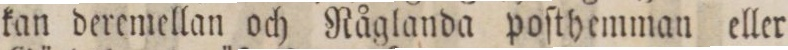
kan deremellan och Råglanda poſthemman eller